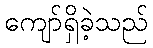
ကျော်ရှိခဲ့သည်